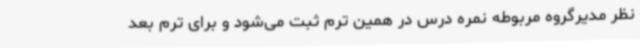
نظر مدیرگروه مربوطه نمره درس در همین ترم ثبت می‌شود و برای ترم بعد